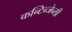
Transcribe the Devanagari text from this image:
कन्टिन्जेन्सी